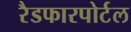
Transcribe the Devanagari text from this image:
रैडफारपोर्टल